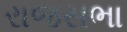
રાજસભા